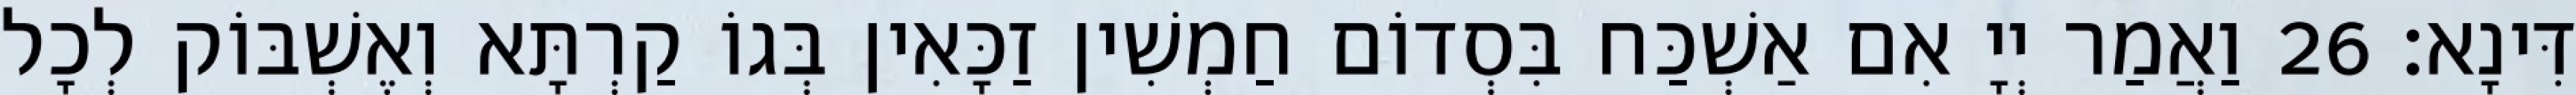
דִּינָא׃ 26 וַאֲמַר יְיָ אִם אַשְׁכַּח בִּסְדוֹם חַמְשִׁין זַכָּאִין בְּגוֹ קַרְתָּא וְאֶשְׁבּוֹק לְכָל